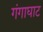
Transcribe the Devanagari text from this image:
गंगाघाट